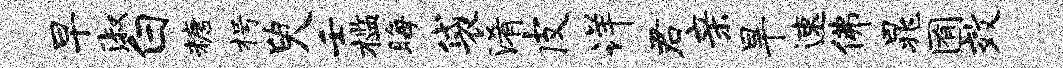
早淑白糖枵臾壬槛晦袋淆皮详君亲旱速佛晁囿效